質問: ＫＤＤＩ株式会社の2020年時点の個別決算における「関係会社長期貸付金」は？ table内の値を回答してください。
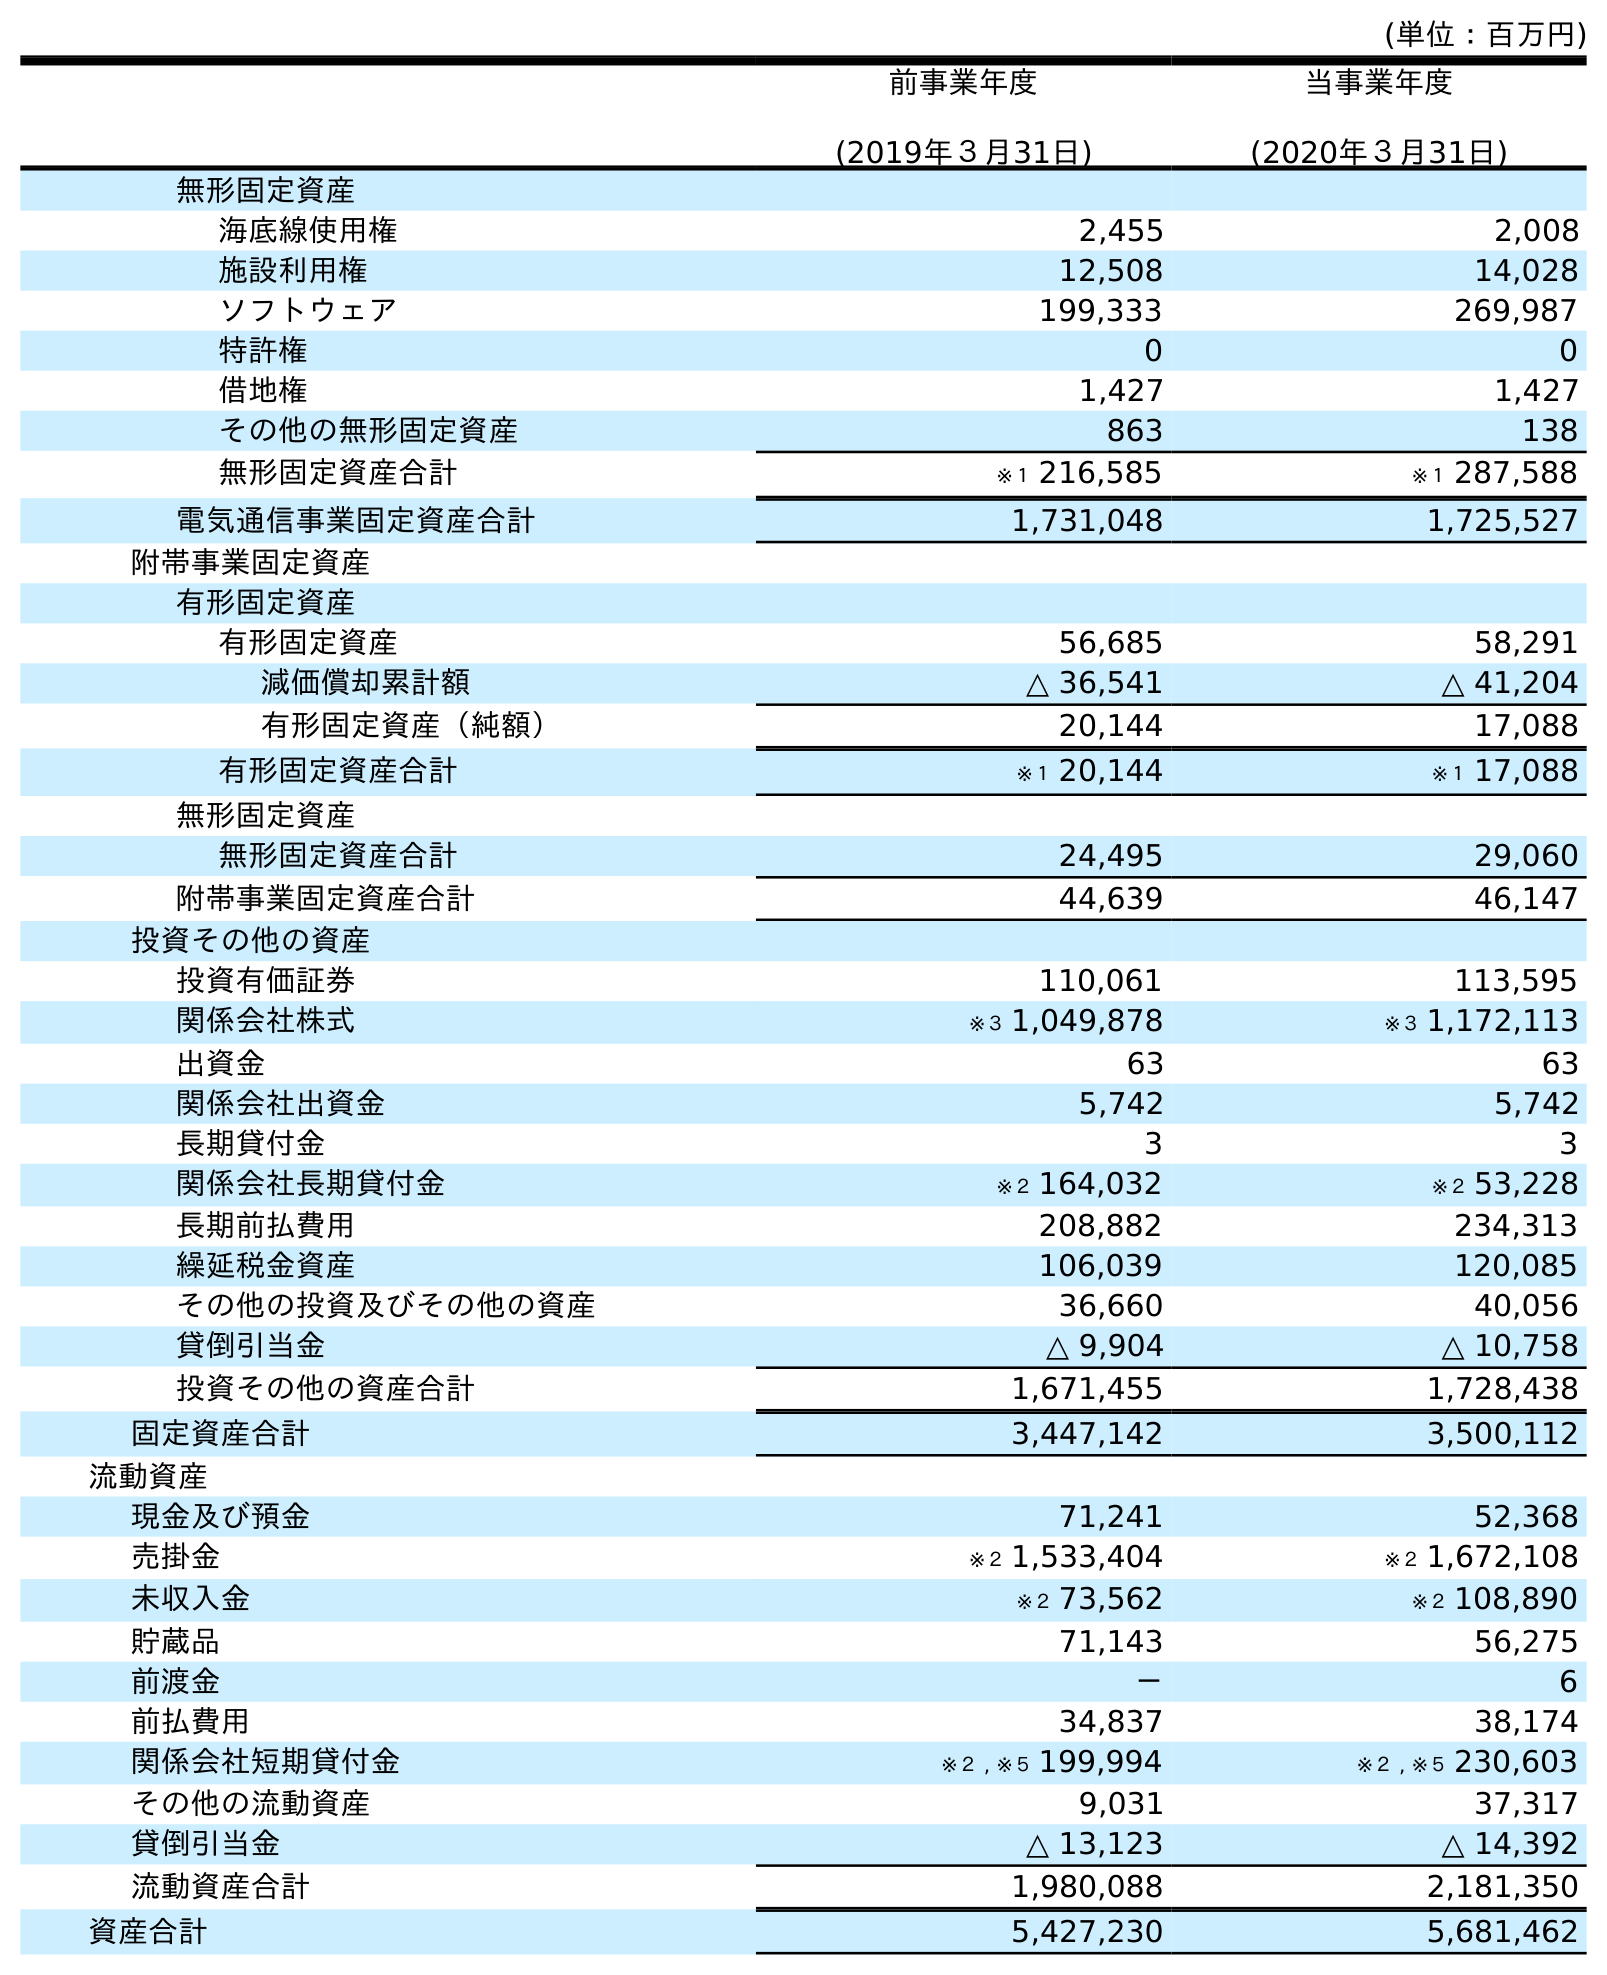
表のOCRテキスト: (単位：百万円) 前事業年度 (2019年３月31日) 当事業年度 (2020年３月31日) 無形固定資産 海底線使用権 2,455 2,008 施設利用権 12,508 14,028 ソフトウェア 199,333 269,987 特許権 0 0 借地権 1,427 1,427 その他の無形固定資産 863 138 無形固定資産合計 ※１ 216,585 ※１ 287,588 電気通信事業固定資産合計 1,731,048 1,725,527 附帯事業固定資産 有形固定資産 有形固定資産 56,685 58,291 減価償却累計額 △ 36,541 △ 41,204 有形固定資産（純額） 20,144 17,088 有形固定資産合計 ※１ 20,144 ※１ 17,088 無形固定資産 無形固定資産合計 24,495 29,060 附帯事業固定資産合計 44,639 46,147 投資その他の資産 投資有価証券 110,061 113,595 関係会社株式 ※３ 1,049,878 ※３ 1,172,113 出資金 63 63 関係会社出資金 5,742 5,742 長期貸付金 3 3 関係会社長期貸付金 ※２ 164,032 ※２ 53,228 長期前払費用 208,882 234,313 繰延税金資産 106,039 120,085 その他の投資及びその他の資産 36,660 40,056 貸倒引当金 △ 9,904 △ 10,758 投資その他の資産合計 1,671,455 1,728,438 固定資産合計 3,447,142 3,500,112 流動資産 現金及び預金 71,241 52,368 売掛金 ※２ 1,533,404 ※２ 1,672,108 未収入金 ※２ 73,562 ※２ 108,890 貯蔵品 71,143 56,275 前渡金 － 6 前払費用 34,837 38,174 関係会社短期貸付金 ※２ , ※５ 199,994 ※２ , ※５ 230,603 その他の流動資産 9,031 37,317 貸倒引当金 △ 13,123 △ 14,392 流動資産合計 1,980,088 2,181,350 資産合計 5,427,230 5,681,462
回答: ※２53,228